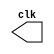
// --Nome: Milton costa teles da silva
// --Matricula: 002751
// ---------------------------
// -- test clock generator (2)
// ---------------------------
module clock ( clk );
	output clk;
	reg clk;
	initial
	begin
		clk = 1'b0;
	end
	always
	begin
		#12 clk = ~clk;
	end
endmodule

module pulse ( signal, clock );
	input clock;
	output signal;
	reg signal;
	always @ ( clock )
	begin
		signal = 1'b1;
		#3 signal = 1'b0;
		#3 signal = 1'b1;
		#3 signal = 1'b0;
	end
endmodule // pulse

module trigger ( signal, on, clock );
	input on, clock;
	output signal;
	reg signal;
	always @ ( posedge clock & on )
	begin
		#60 signal = 1'b1;
		#60 signal = 1'b0;
	end
endmodule // trigger

module Exemplo0042;
	wire clock;
	clock clk ( clock );
	reg p;
	wire p1,t1;
	pulse pulse1 ( p1, clock );
	trigger trigger1 ( t1, p, clock );
	
	initial begin
		p = 1'b0;
	end
	
	initial begin
		$dumpfile ( "Exemplo0042.vcd" );
		$dumpvars ( 1, clock, p1, p, t1 );
		#060 p = 1'b1;
		#120 p = 1'b0;
		#180 p = 1'b1;
		#240 p = 1'b0;
		#300 p = 1'b1;
		#360 p = 1'b0;
		#376 $finish;
	end
endmodule //Exemplo0042